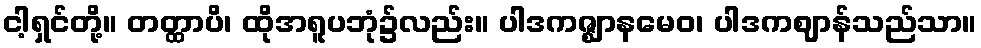
ငါ့ရှင်တို့။ တတ္ထာပိ၊ ထိုအရူပဘုံ၌လည်း။ ပါဒကဇ္ဈာနမေဝ၊ ပါဒကဈာန်သည်သာ။